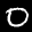
Label: 0